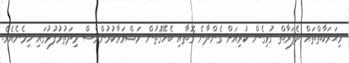
މިޙަރަކާތްތައް ދެފަރާތް ގުޅިގެން ކުރިއަށް ގެންދާނެ ގޮތާއި ބެހޭގޮތުން މަޝްވަރާކުރުންވެސް މިދަތުރުފުޅުގައި ހިމެނެއެވެ.